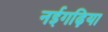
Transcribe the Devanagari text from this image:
नईगढ़िया